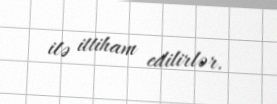
ilə ittiham edilirlər.